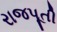
રાજપૂતી